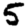
Digit: 5